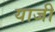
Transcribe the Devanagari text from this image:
याजी